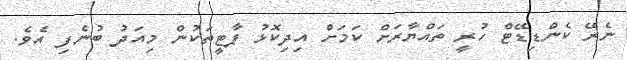
ނެރޭ ކެންޑިޑޭޓް ހުރީ ތައްޔާރަށް ކަމަށް އިދިކޮޅު ޕާޓީތަކުން މިއަދު ބުނެފި އެވެ.